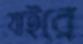
যাইরে